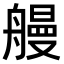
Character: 𫇞